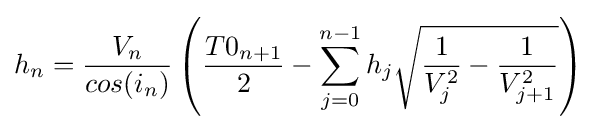
h_{n}={V_{n} \over cos(i_{n})}\left({T0_{n+1} \over 2}-\sum _{j=0}^{n-1}{h_{j}{\sqrt {{1 \over V_{j}^{2}}-{1 \over V_{j+1}^{2}}}}}\right)